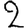
Digit: 2